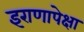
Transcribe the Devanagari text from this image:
इराणापेक्षा